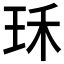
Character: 𤤤